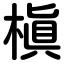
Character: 槇